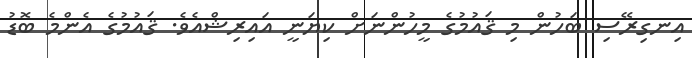
އިނގިރޭސި ބަހުން މި ޤައުމުގެ މީހުންނަށް ކިޔަނީ އައިރިޝްއެވެ. ޤައުމުގެ އެންމެ ބޮޑު